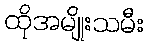
ထိုအမျိုးသမီး